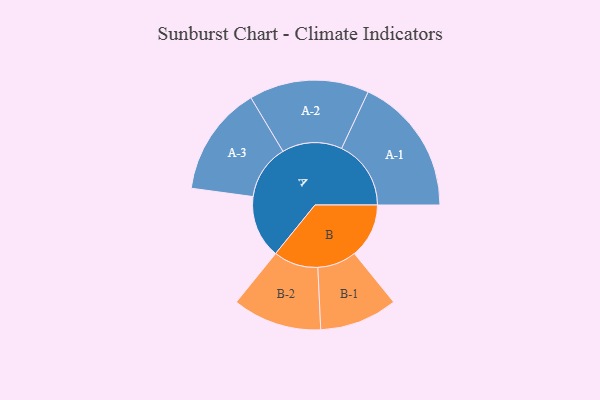
{"axis": {"x": "Segment", "y": "Value"}, "legend": ["", "A", "B"], "data": [{"x": "A", "y": 266, "type": ""}, {"x": "B", "y": 231, "type": ""}, {"x": "A-1", "y": 294, "type": "A"}, {"x": "A-2", "y": 254, "type": "A"}, {"x": "A-3", "y": 233, "type": "A"}, {"x": "B-1", "y": 165, "type": "B"}, {"x": "B-2", "y": 189, "type": "B"}]}